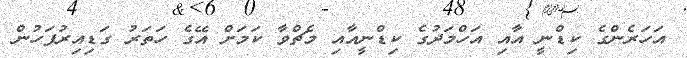
އަހަރެންގެ ކިޑްނީ އާއި އަހްމަދުގެ ކިޑްނީއާއި މެޗްވާ ކަމަށް އޭގެ ހަތަރު ގަޑިއިރުފަހުން